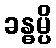
ခန္ဓမ္ပိ